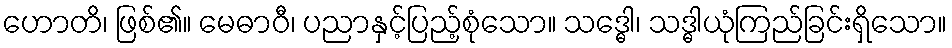
ဟောတိ၊ ဖြစ်၏။ မေဓာဝီ၊ ပညာနှင့်ပြည့်စုံသော။ သဒ္ဓေါ၊ သဒ္ဓါယုံကြည်ခြင်းရှိသော။